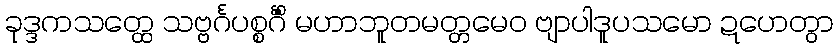
ခုဒ္ဒကသတ္ထေ သဗ္ဗင်္ဂပစ္စင်္ဂိံ မဟာဘူတမတ္တမေဝ ဗျာပါဒူပသမော ဍဟေတွာ